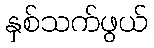
နှစ်သက်ဖွယ်